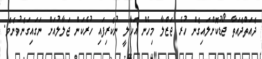
ދެއަތްދެއަތާ ޖޯޑުކޮށްލައިގެން ހުރެ ޖަޒްލާ މިހެން އަހާލީ ނުކެރިފައި ހުރެކަން ޖަލާލުއަށް ނަގައިގަނެވުނެވެ.